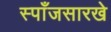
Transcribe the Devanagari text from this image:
स्पाँजसारखे